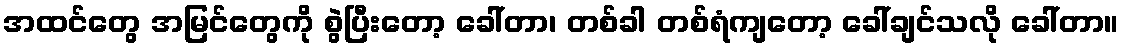
အထင်တွေ အမြင်တွေကို စွဲပြီးတော့ ခေါ်တာ၊ တစ်ခါ တစ်ရံကျတော့ ခေါ်ချင်သလို ခေါ်တာ။